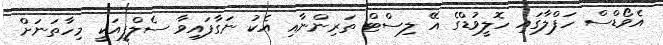
އެވޯޑްސް ހަފްލާގައި ހޮލީވުޑްގެ އޭ ލިސްޓް ތަރިންނާއި އެކު ނަގާފައިވާ ސެލްފީއަކީ މިހާތަނަށް